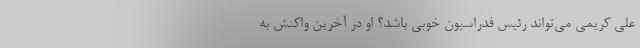
علی کریمی می‌تواند رئیس فدراسیون خوبی باشد؟ او در آخرین واکنش به